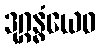
ဒုဂ္ဂန္ဓံယေဝ